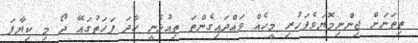
ތިތަނަށް ޖިންނިމޮޔަވެފަހުރި މީހެއް ވައްދައިގެންތަ ތިއުޅެނީ ހާދަ ފަހަތުގައޭ ދޯ މި ކިޔާފަ